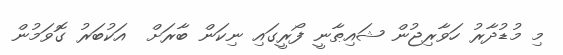
މި މުޑުދާރު ހަވާރިޖުން ޝައިޠާނީ ފޯރީގައި ނިކަން ބާރަށް  އަކުބަރު ގޮވަމުން